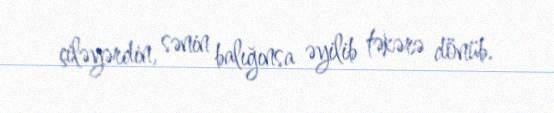
çiləyərdin, sənin balığınsa əyilib təkərə dönüb.